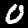
Digit: 0